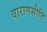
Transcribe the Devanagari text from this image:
वाराणसीति